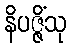
နိပဇ္ဇိံသု